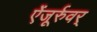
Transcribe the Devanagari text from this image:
ऐंजूर्रुवर्